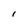
Character: l